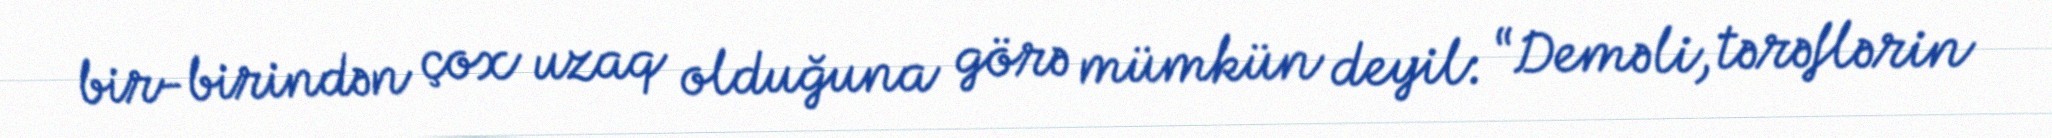
bir-birindən çox uzaq olduğuna görə mümkün deyil: “Deməli, tərəflərin